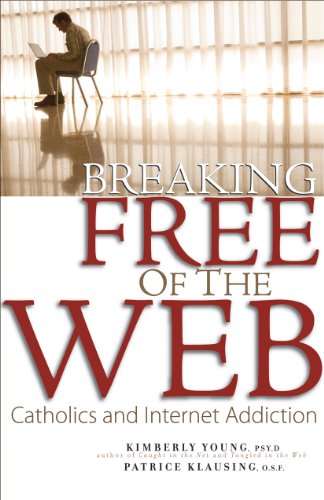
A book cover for Breaking Free of the Web: Catholics and Internet Addiction; Kimberly Young Psy.D; Religion & Spirituality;